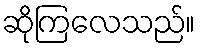
ဆိုကြလေသည်။